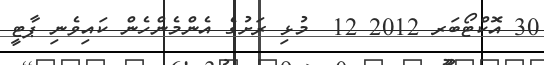
30 އޮކްޓޯބަރ 2012 12  މުޅި ރަށުގެ އެންމެންހެން ކައިވެނި ޕާޓީ